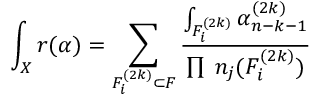
\int _ { X } r ( \alpha ) = \sum _ { F _ { i } ^ { ( 2 k ) } \subset F } \frac { \int _ { F _ { i } ^ { ( 2 k ) } } \alpha _ { n - k - 1 } ^ { ( 2 k ) } } { \prod \; n _ { j } ( F _ { i } ^ { ( 2 k ) } ) }